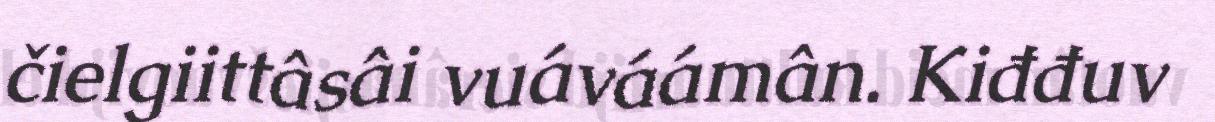
čielgiittâsâi vuáváámân. Kiđđuv